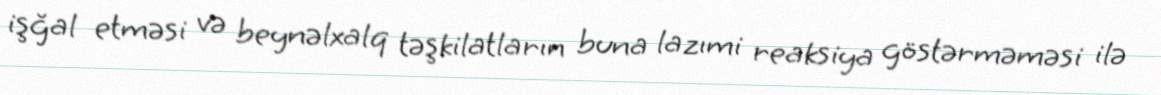
işğal etməsi və beynəlxalq təşkilatların buna lazımi reaksiya göstərməməsi ilə